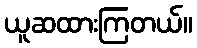
ယူဆထားကြတယ်။